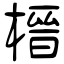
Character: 榗